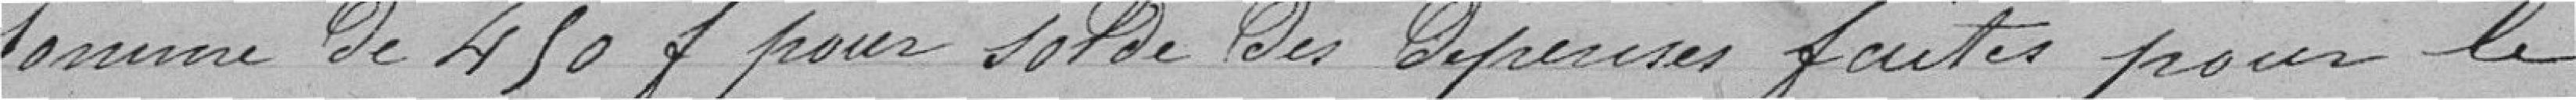
somme de 450 francs pour solde des dépenses faites pour le